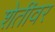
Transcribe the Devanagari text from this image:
शेतींवर